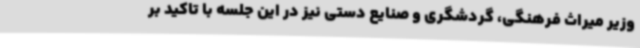
وزیر میراث فرهنگی، گردشگری و صنایع دستی نیز در این جلسه با تاکید بر